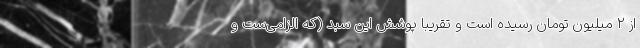
از ۲ میلیون تومان رسیده است و تقریباً پوشش این سبد (که الزامی‌ست و